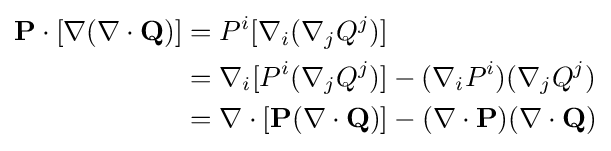
{\begin{aligned}\mathbf {P} \cdot [\nabla (\nabla \cdot \mathbf {Q} )]&=P^{i}[\nabla _{i}(\nabla _{j}Q^{j})]\\&=\nabla _{i}[P^{i}(\nabla _{j}Q^{j})]-(\nabla _{i}P^{i})(\nabla _{j}Q^{j})\\&=\nabla \cdot [\mathbf {P} (\nabla \cdot \mathbf {Q} )]-(\nabla \cdot \mathbf {P} )(\nabla \cdot \mathbf {Q} )\end{aligned}}